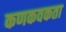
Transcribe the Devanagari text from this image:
कणकवकता